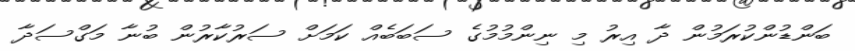
ބަންޑުންކުރަމުން ދާ އިރު މި ނިންމުމުގެ ސަބަބެއް ކަމަށް ސަރުކާރުން ބުނާ މަގްސަދާ